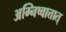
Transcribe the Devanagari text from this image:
अग्निष्वात्तात्